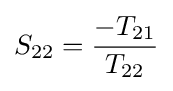
S_{22}={\frac {-T_{21}}{T_{22}}}